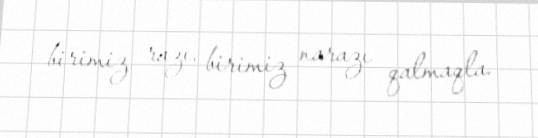
birimiz razı, birimiz narazı qalmaqla.